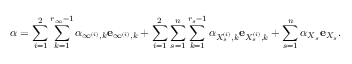
\boldsymbol { \alpha } = \sum _ { i = 1 } ^ { 2 } \sum _ { k = 1 } ^ { r _ { \infty } - 1 } \alpha _ { \infty ^ { ( i ) } , k } \mathbf { e } _ { \infty ^ { ( i ) } , k } + \sum _ { i = 1 } ^ { 2 } \sum _ { s = 1 } ^ { n } \sum _ { k = 1 } ^ { r _ { s } - 1 } \alpha _ { X _ { s } ^ { ( i ) } , k } \mathbf { e } _ { X _ { s } ^ { ( i ) } , k } + \sum _ { s = 1 } ^ { n } \alpha _ { X _ { s } } \mathbf { e } _ { X _ { s } } .